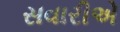
સવારીએ